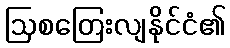
ဩစတြေးလျနိုင်ငံ၏